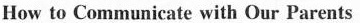
How to COMmunicate with Our Parents